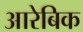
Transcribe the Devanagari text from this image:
आरेबिक